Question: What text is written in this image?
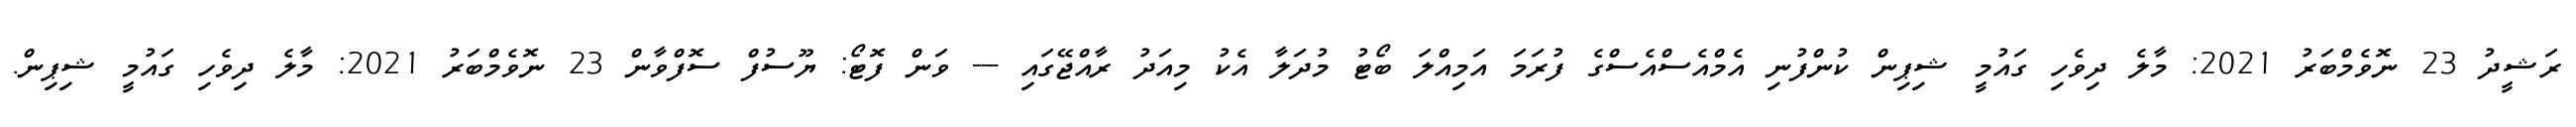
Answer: ރަޝީދު 23 ނޮވެމްބަރު 2021: މާލެ ދިވެހި ގައުމީ ޝިޕިން ކުންފުނި އެމްއެސްއެސްގެ ފުރަމަ އަމިއްލަ ބޯޓު މުދަލާ އެކު މިއަދު ރާއްޖޭގައި --- ވަން ފޮޓޯ: ޔޫސުފް ސޮފްވާން 23 ނޮވެމްބަރު 2021: މާލެ ދިވެހި ގައުމީ ޝިޕިން.